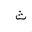
Letter: _tha